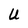
Character: U